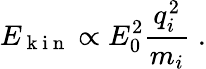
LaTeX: E_{\mathrm{~k~i~n~}}\propto E_{0}^{2}\frac{q_{i}^{2}}{m_{i}}\; .